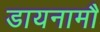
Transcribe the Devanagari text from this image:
डायनामौ